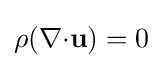
\rho (\nabla {\cdot }{\mathbf {u} })=0